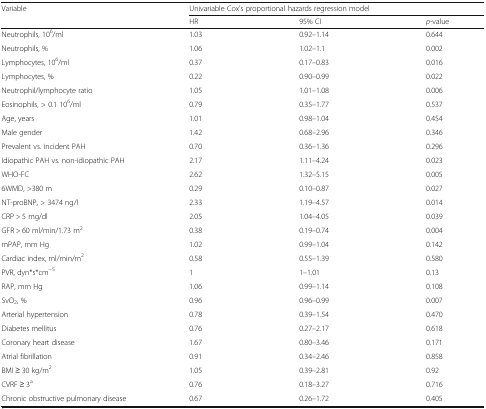
<table><thead><tr><td><b>Variable</b></td><td colspan="3"><b>Univariable Cox’s proportional hazards regression model</b></td></tr><tr><td></td><td><b>HR</b></td><td><b>95% CI</b></td><td><b><i>p</i>-value</b></td></tr></thead><tbody><tr><td>Neutrophils, 10<sup>6</sup>/ml</td><td>1.03</td><td>0.92–1.14</td><td>0.644</td></tr><tr><td>Neutrophils, %</td><td>1.06</td><td>1.02–1.1</td><td>0.002</td></tr><tr><td>Lymphocytes, 10<sup>6</sup>/ml</td><td>0.37</td><td>0.17–0.83</td><td>0.016</td></tr><tr><td>Lymphocytes, %</td><td>0.22</td><td>0.90–0.99</td><td>0.022</td></tr><tr><td>Neutrophil/lymphocyte ratio</td><td>1.05</td><td>1.01–1.08</td><td>0.006</td></tr><tr><td>Eosinophils, &gt; 0.1 10<sup>6</sup>/ml</td><td>0.79</td><td>0.35–1.77</td><td>0.537</td></tr><tr><td>Age, years</td><td>1.01</td><td>0.98–1.04</td><td>0.454</td></tr><tr><td>Male gender</td><td>1.42</td><td>0.68–2.96</td><td>0.346</td></tr><tr><td>Prevalent vs. incident PAH</td><td>0.70</td><td>0.36–1.36</td><td>0.296</td></tr><tr><td>Idiopathic PAH vs. non-idiopathic PAH</td><td>2.17</td><td>1.11–4.24</td><td>0.023</td></tr><tr><td>WHO-FC</td><td>2.62</td><td>1.32–5.15</td><td>0.005</td></tr><tr><td>6WMD, &gt;380 m</td><td>0.29</td><td>0.10–0.87</td><td>0.027</td></tr><tr><td>NT-proBNP, &gt; 3474 ng/l</td><td>2.33</td><td>1.19–4.57</td><td>0.014</td></tr><tr><td>CRP &gt; 5 mg/dl</td><td>2.05</td><td>1.04–4.05</td><td>0.039</td></tr><tr><td>GFR &gt; 60 ml/min/1.73 m<sup>2</sup></td><td>0.38</td><td>0.19–0.74</td><td>0.004</td></tr><tr><td>mPAP, mm Hg</td><td>1.02</td><td>0.99–1.04</td><td>0.142</td></tr><tr><td>Cardiac index, ml/min/m<sup>2</sup></td><td>0.58</td><td>0.55–1.39</td><td>0.580</td></tr><tr><td>PVR, dyn*s*cm<sup>−5</sup></td><td>1</td><td>1–1.01</td><td>0.13</td></tr><tr><td>RAP, mm Hg</td><td>1.06</td><td>0.99–1.14</td><td>0.108</td></tr><tr><td>SvO<sub>2</sub>, %</td><td>0.96</td><td>0.96–0.99</td><td>0.007</td></tr><tr><td>Arterial hypertension</td><td>0.78</td><td>0.39–1.54</td><td>0.470</td></tr><tr><td>Diabetes mellitus</td><td>0.76</td><td>0.27–2.17</td><td>0.618</td></tr><tr><td>Coronary heart disease</td><td>1.67</td><td>0.80–3.46</td><td>0.171</td></tr><tr><td>Atrial fibrillation</td><td>0.91</td><td>0.34–2.46</td><td>0.858</td></tr><tr><td>BMI ≥ 30 kg/m<sup>2</sup></td><td>1.05</td><td>0.39–2.81</td><td>0.92</td></tr><tr><td>CVRF ≥ 3<sup>a</sup></td><td>0.76</td><td>0.18–3.27</td><td>0.716</td></tr><tr><td>Chronic obstructive pulmonary disease</td><td>0.67</td><td>0.26–1.72</td><td>0.405</td></tr></tbody></table>